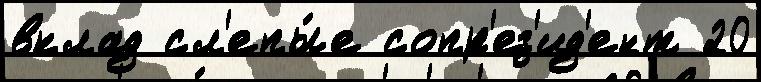
вклад сл'епы́е сопр'ез'ид'ент 20